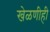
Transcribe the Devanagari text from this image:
खेळणीही